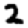
Digit: 2